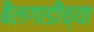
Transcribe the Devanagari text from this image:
बैलगाडीच्या